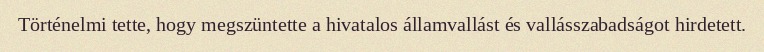
Történelmi tette, hogy megszüntette a hivatalos államvallást és vallásszabadságot hirdetett.